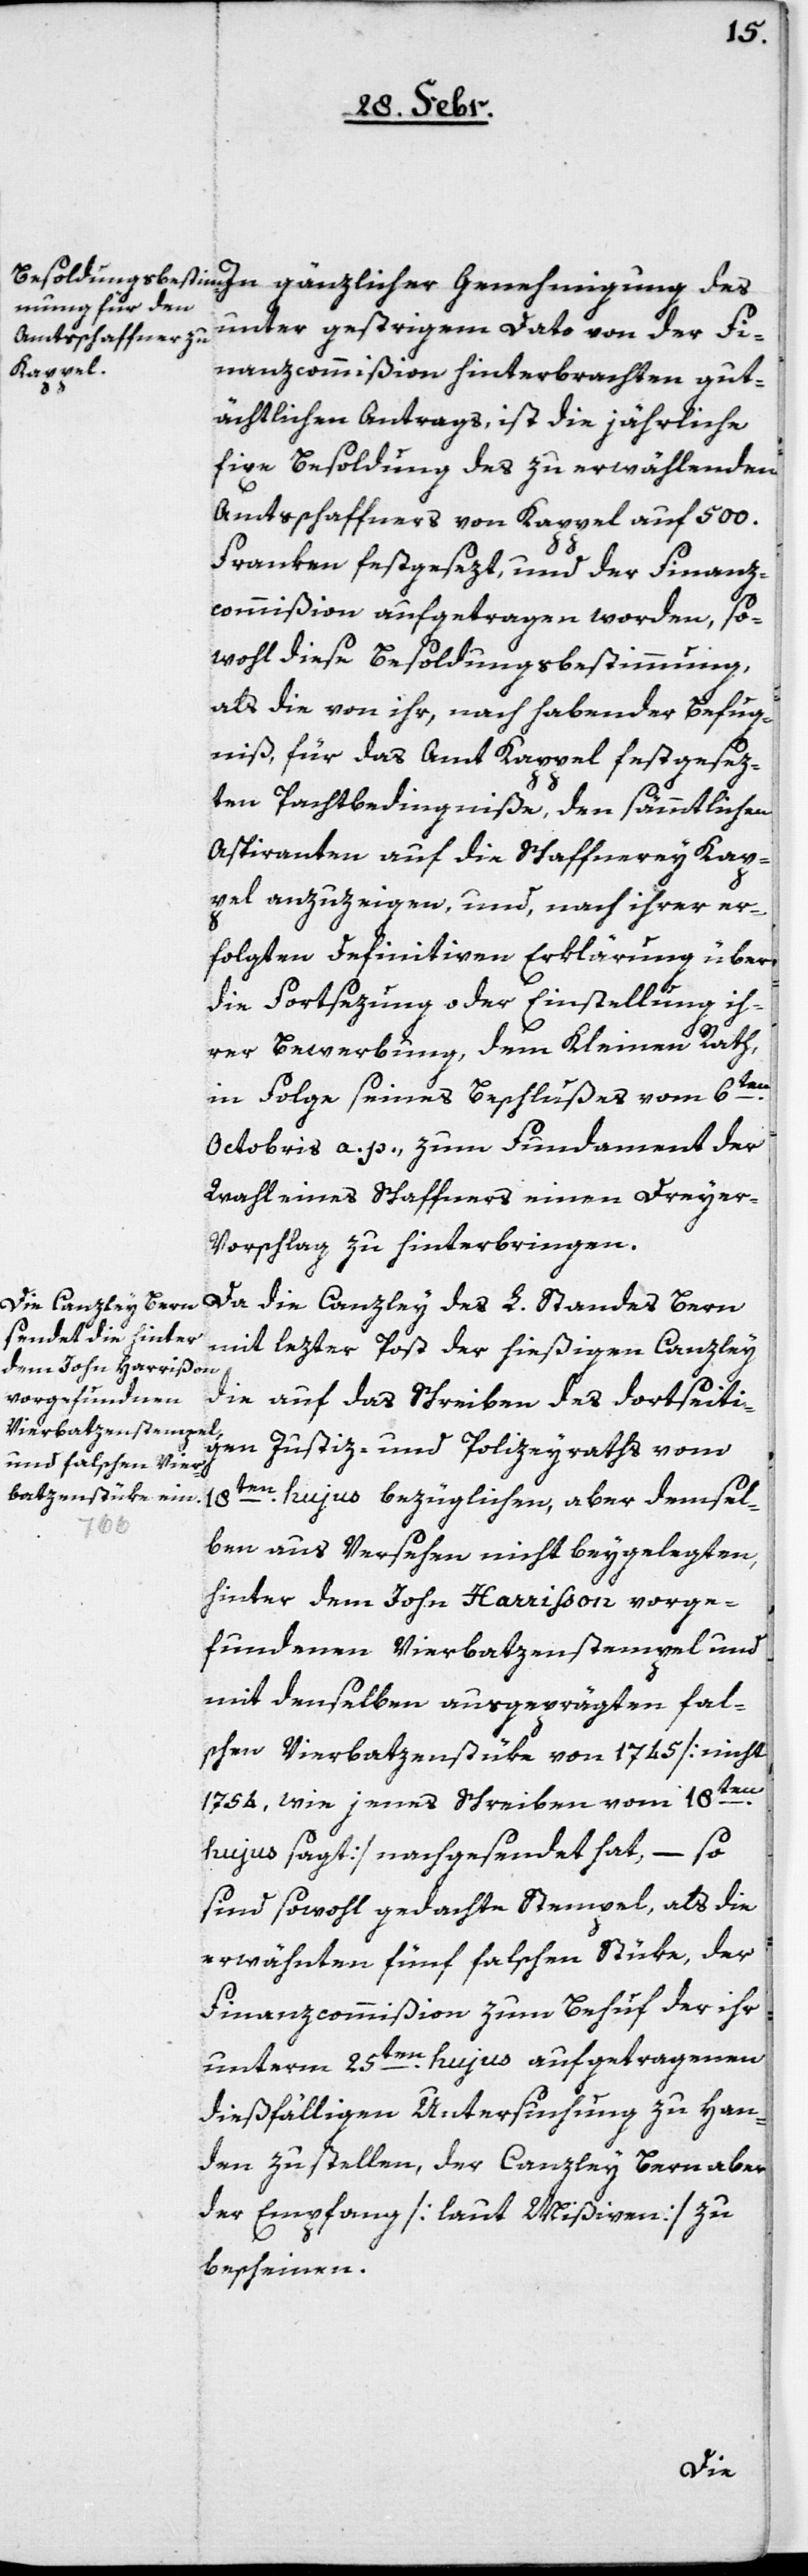
unter gestrigem Dato von der Fi¬
nanzcommißion hinterbrachten gut¬
ächtlichen Antrags, ist die jährliche
fixe Besoldung des zu erwählenden
Amtsschaffners von Kappel auf 500.
Franken festgesezt, und der Finanz¬
commißion aufgetragen worden, so¬
wohl diese Besoldungsbestimmung,
als die von ihr, nach habender Befug¬
niß für das Amt Kappel festgesez¬
ten Pachtbedingniße, den sämmtlichen
Aspiranten auf die Schaffnerey Kap¬
pel anzuzeigen, und, nach ihrer er¬
folgten definitiven Erklärung über
die Fortsezung oder Einstellung ih¬
rer Bewerbung, dem Kleinen Rath
in Folge seines Beschlußes vom 6ten
Octobris a. p. zum Fundament der
Wahl eines Schaffners einen Dreyer¬
vorschlag zu hinterbringen.
Da die Canzley des L. Standes Bern
mit lezter Post der hießigen Canzley
die auf das Schreiben des dortseiti¬
gen Justiz- und Polizeyraths vom
18ten hujus bezüglichen, aber demsel¬
ben aus Versehen nicht beygelegten,
hinter dem John Harrißon vorge¬
fundenen Vierbatzenstempel und
mit denselben ausgeprägten fal¬
schen Vierbatzenstüke von 1745 [nicht
1754, wie jenes Schreiben vom 18ten
hujus sagt] nachgesendet hat, – so
sind sowohl gedachte Stempel, als die
erwähnten fünf falschen Stüke, der
Finanzcommißion zum Behuf der ihr
unterm 25ten hujus aufgetragenen
dießfälligen Untersuchung zu Han¬
den zu stellen, der Canzley Bern aber
den Empfang [laut Mißiven] zu
bescheinen.